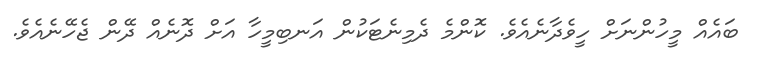
ބައެއް މީހުންނަށް ހީވެދާނެއެވެ. ކޮންމެ ދެމިނެޓަކުން އަނބިމީހާ އަށް ދޮނެއް ދޭން ޖެހޭނެއެވެ.